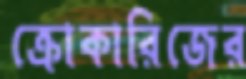
ক্রোকারিজের